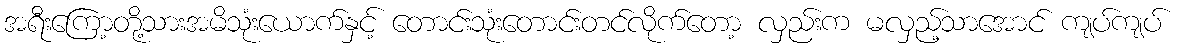
အရီးကြော့တို့သားအမိသုံးယောက်နှင့် တောင်းသုံးတောင်းတင်လိုက်တော့ လှည်းက မလှည့်သာအောင် ကျပ်ကျပ်